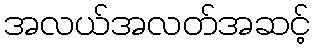
အလယ်အလတ်အဆင့်